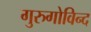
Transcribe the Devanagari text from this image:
गुरुगोविन्द